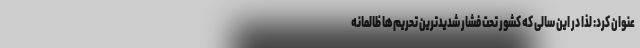
عنوان کرد: لذا در این سالی که کشور تحت فشار شدیدترین تحریم‌ها ظالمانه